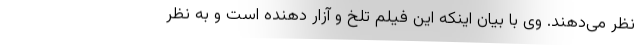
نظر می‌دهند. وی با بیان اینکه این فیلم تلخ و آزار دهنده است و به نظر